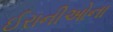
ઈરાનીઓના